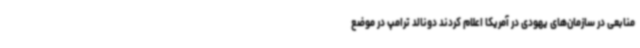
منابعی در سازمان‌های یهودی در آمریکا اعلام کردند دونالد ترامپ در موضع